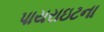
પાયરાઇટના